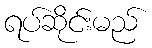
ရပ်ဆိုင်းမည်